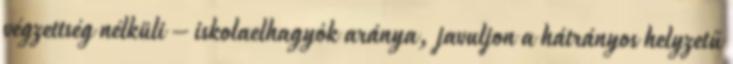
végzettség nélküli – iskolaelhagyók aránya, javuljon a hátrányos helyzetű